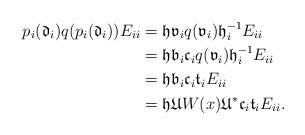
LaTeX: \begin{align*}p_i(\mathfrak d_i)q(p_i(\mathfrak d_i)) E_{ii} & = \mathfrak h\mathfrak v_iq(\mathfrak v_i)\mathfrak h_i^{-1} E_{ii}\\ & = \mathfrak h\mathfrak b_i\mathfrak c_iq(\mathfrak v_i)\mathfrak h_i^{-1}E_{ii}\\ & = \mathfrak h\mathfrak b_i\mathfrak c_i \mathfrak t_iE_{ii}\\ & = \mathfrak h\mathfrak UW(x)\mathfrak U^*\mathfrak c_i \mathfrak t_iE_{ii}.\end{align*}